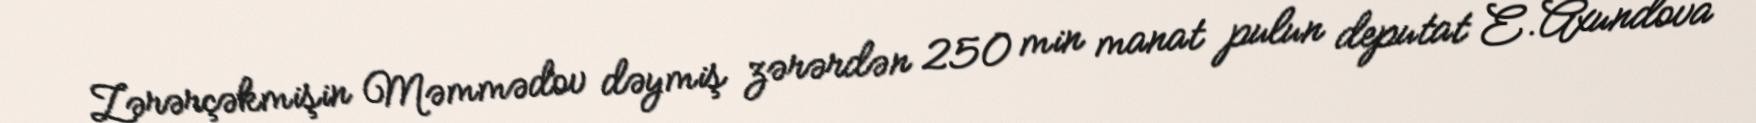
Zərərçəkmişin Məmmədov dəymiş zərərdən 250 min manat pulun deputat E.Axundova